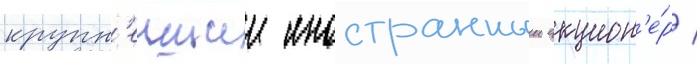
крупн'еишии иностранныи акцион'е́р /